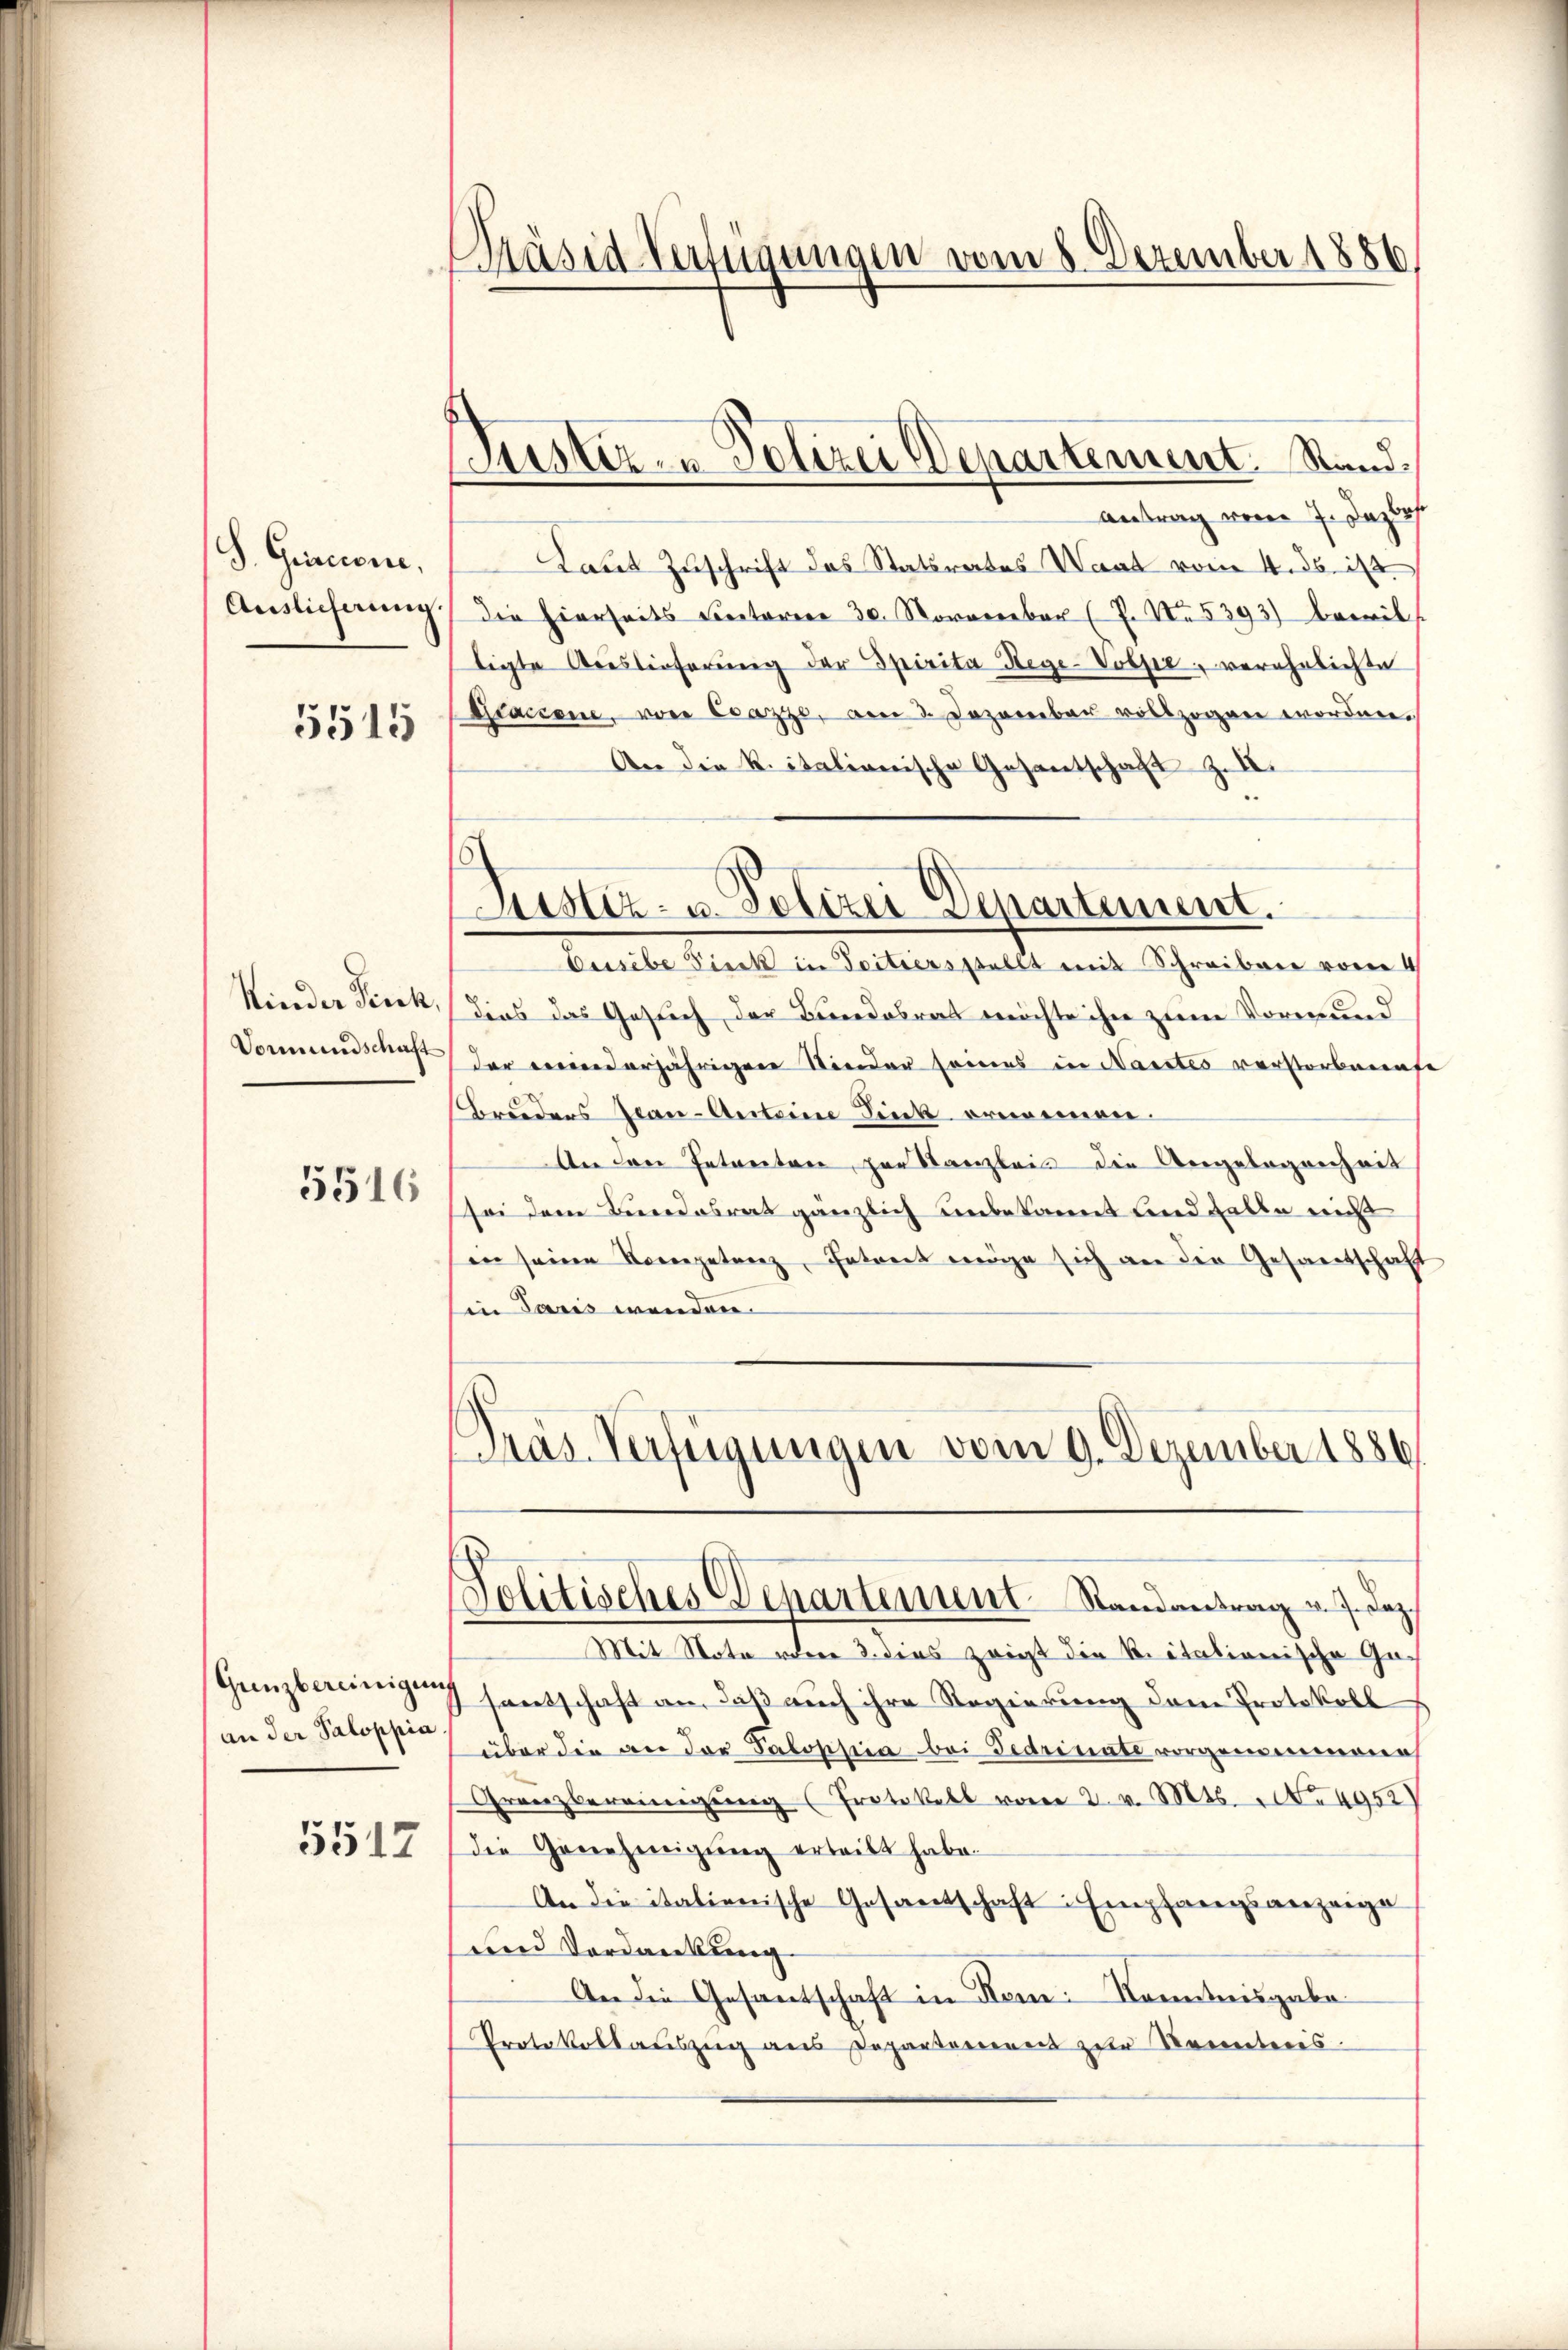
S. Gincione,
Auslieferung

5515

Kinder Tisch,
Vormundschaft

5516

Gunzbereinigung
an der Paloppia

5512

Präsid Verfügungen vom 8. Dezember 1886.

Justiz- & Polizei Departement. Stand,

Justiz- u. Polizei Departement.

antrag vom 7. Dazlos
Laut Zuschrift das Statsrates Waat vom 4. ds. ist
die hierseits Lectoren 30. November (7. No. 5393) bewil
ligte Auslieferŭng der Spirita Rege-Volpe, verehrlichte
Graciene, von Csazze, am 3. Dezember vollzogen worden.
An die K. italionische Gesantschaft z. B.
Cusibe Pieck in Tritiersstellt mit Schreiben vom 4
Dies das Gesuch der Bundesrat möchte ihn zum Vormund
der meinderjährigen Kinder seines in Nasstes verstorbenefe
Bruders Jean-Anteine Dink ernennen.
An den Intreten, par Kanzleis die Angelegenheit
sei dem Bundesrat gänzlich unbekannt und falle nicht
in seine Kompetenz, Entreit möge sich an die Gesandschaft
in Paris wenden.
Pras-Verfügungen vom 9. Dezember 1886

Solitisches Departement Randantrag v. J. dez.

Mit Note voren 3. dies zeigt die kritationische Gesantschaft an, daß auch ihre Regierung dem Protokoll
über die an der Paloppia bei Fedrinate vorgenommene
Grenzbereinigung (Protokoll vom 2. v. Mts. No 4952
die Genehmigŭng erteilt habe.
An die italienische Gesantschaft: Empfangsanzeige
und Verdankung
An die Gesantschaft in Kem Kenntnisgabe¬
Protokollauszug aus Departonierent zur Kenntnis